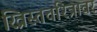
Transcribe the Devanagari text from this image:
ख्रिस्तचरित्रावर